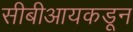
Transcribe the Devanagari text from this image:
सीबीआयकडून